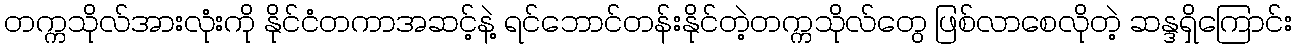
တက္ကသိုလ်အားလုံးကို နိုင်ငံတကာအဆင့်နဲ့ ရင်ဘောင်တန်းနိုင်တဲ့တက္ကသိုလ်တွေ ဖြစ်လာစေလိုတဲ့ ဆန္ဒရှိကြောင်း